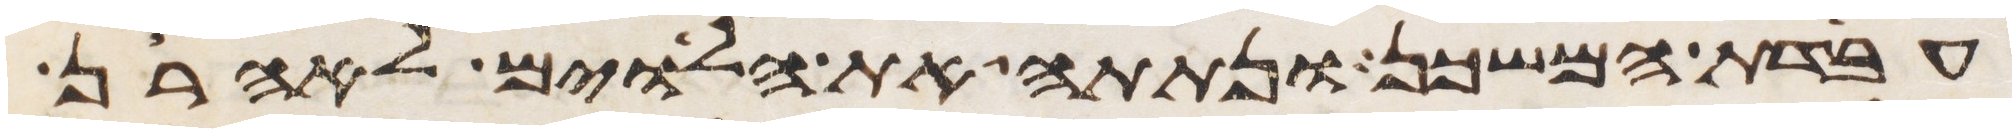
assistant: עבדת המשכן ונתתה את הלוים לאהרן